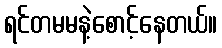
ရင်တမမနဲ့စောင့်နေတယ်။